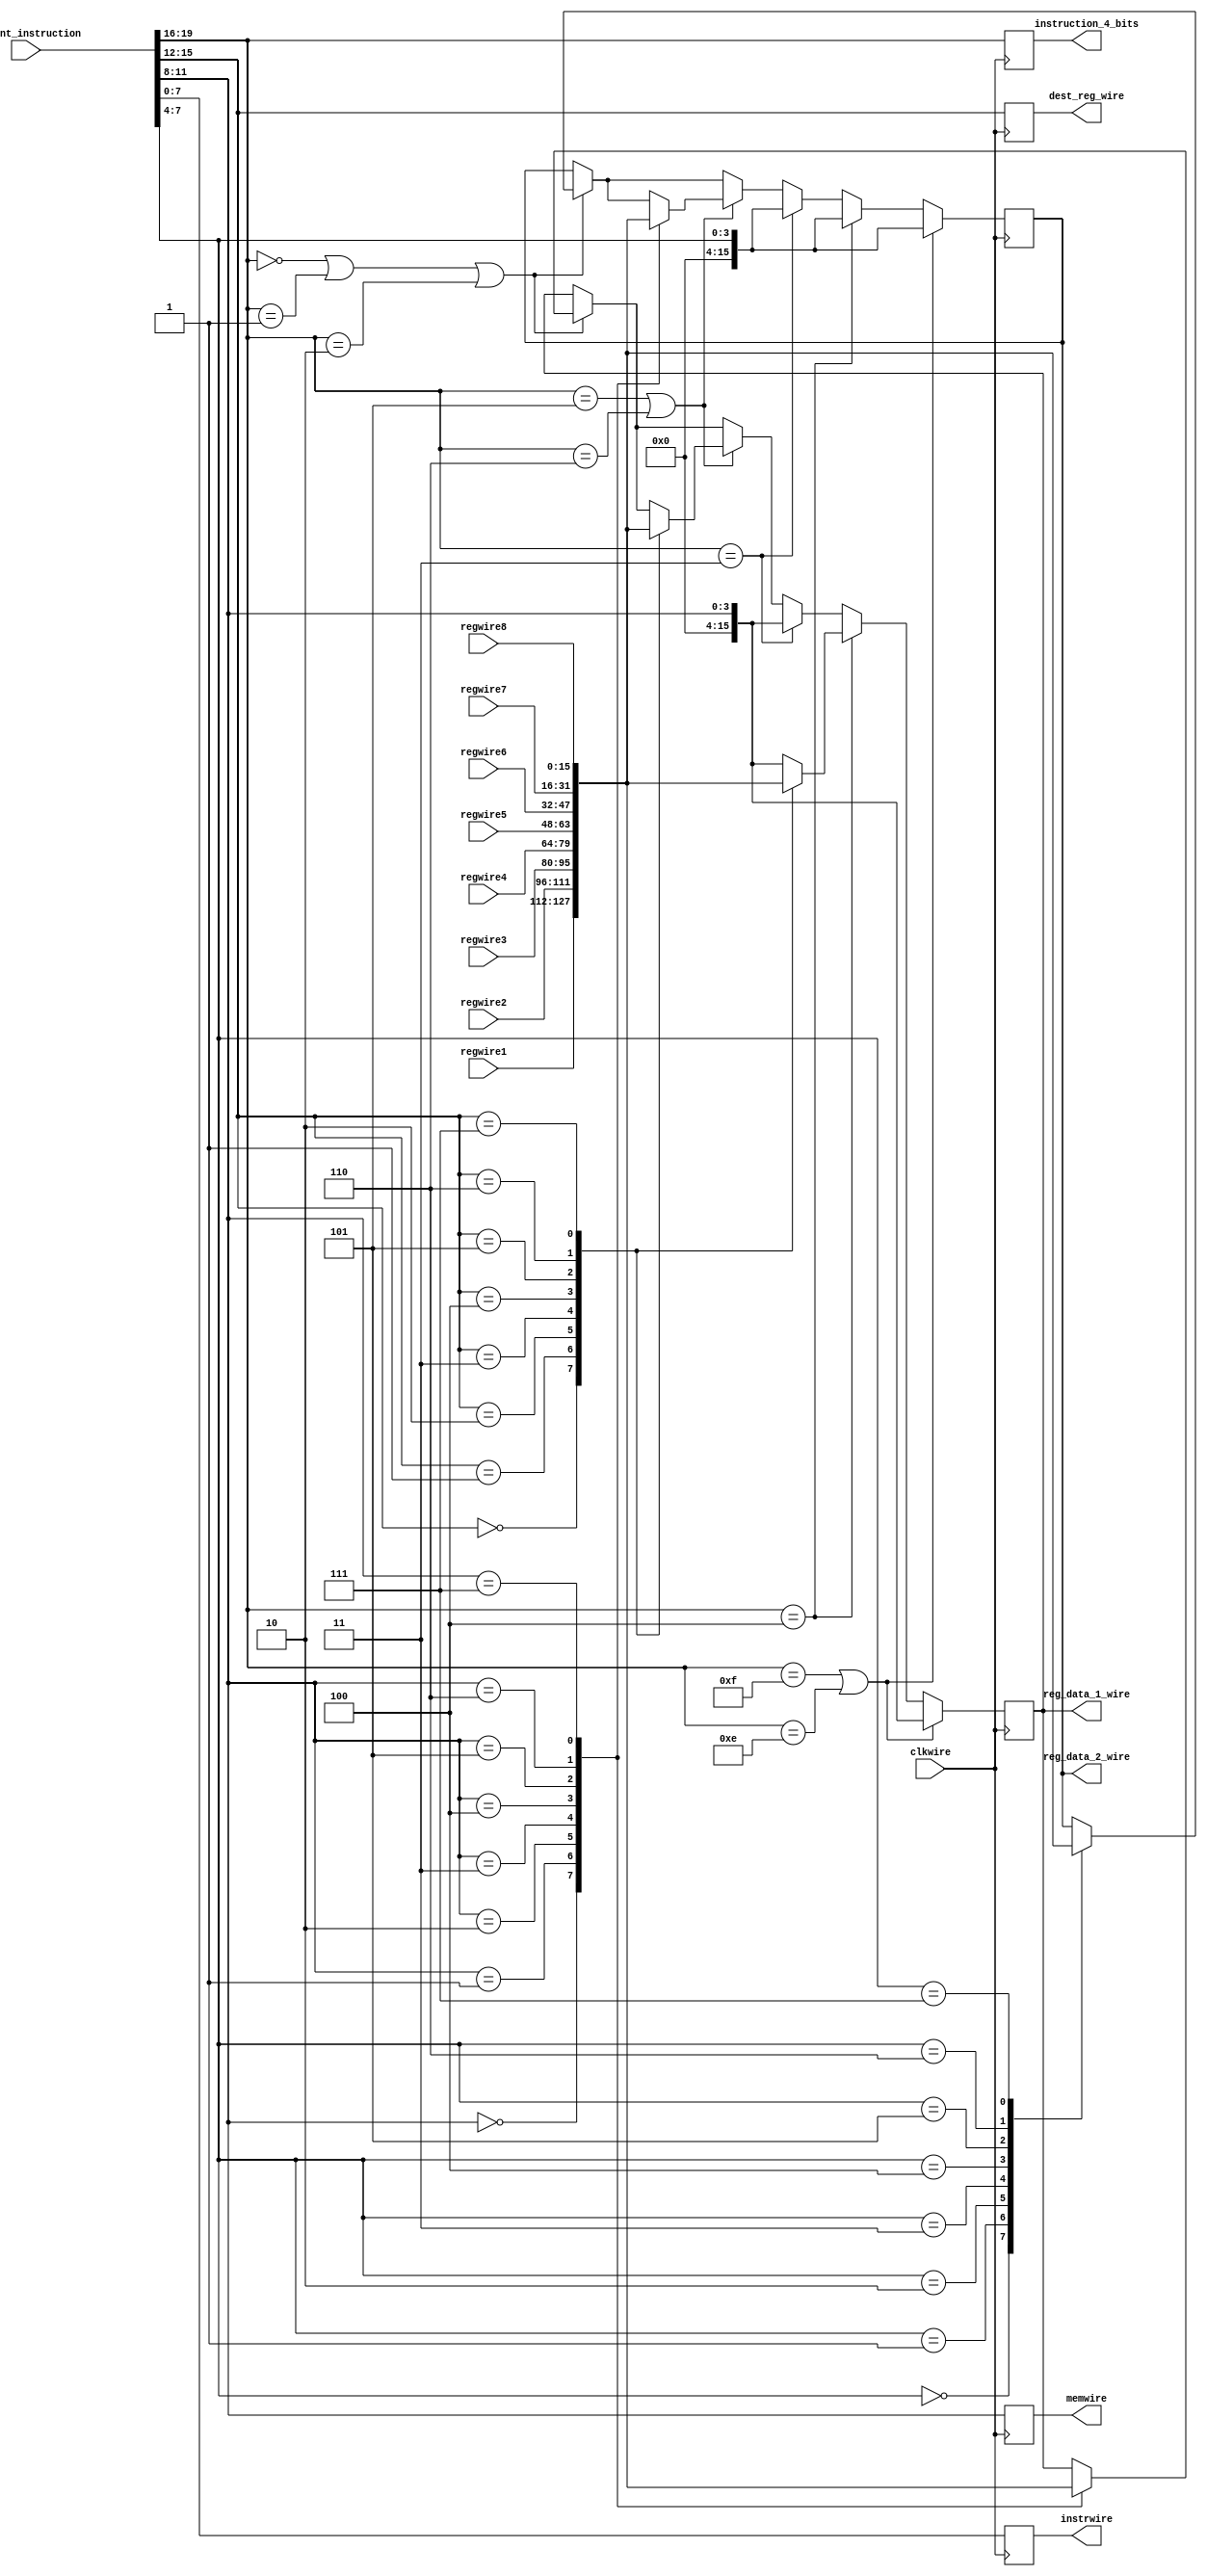
module id_unit (
  input wire clkwire,
  input [15:0] regwire1, regwire2, regwire3, regwire4, regwire5, regwire6, regwire7, regwire8,
  input [19:0] current_instruction,
  output [15:0] reg_data_1_wire,reg_data_2_wire,
  output [3:0] instruction_4_bits,dest_reg_wire,memwire,
  output [7:0] instrwire
);
  reg [15:0] reg_data_1,reg_data_2,dest_reg,r1,r2,r3,r4,r5,r6,r7,r8;
  reg [3:0] opcode,mem_line_no;
  reg [19:0] instr;
  reg [7:0] instr_line_no, npc;


assign memwire=mem_line_no;
assign instruction_4_bits=opcode;
assign dest_reg_wire=dest_reg;
assign reg_data_1_wire=reg_data_1;
assign reg_data_2_wire=reg_data_2;
assign instrwire=instr_line_no;
  always@(posedge clkwire)
begin
  r1 = regwire1;
  r2 = regwire2;
  r3 = regwire3;
  r4 = regwire4;
  r5 = regwire5;
  r6 = regwire6;
  r7 = regwire7;
  r8 = regwire8;
  instr = current_instruction;
  
  opcode=instr[19:16];
  mem_line_no=instr[11:8];
  dest_reg=instr[15:12];
  //$display("%b",instr);
  instr_line_no=instr[7:0];
  //$display("%b",instr_line_no);
    //r-type
  if (instr[19:16]==4'b0000 || instr[19:16]==4'b0001 || instr[19:16]==4'b0010) 
      begin
        case(instr[11:8])
          4'b0000:
			    begin
              reg_data_1=r1;
          end
          4'b0001:
			begin
              reg_data_1=r2;
            end
          4'b0010:
			begin
              reg_data_1=r3;
            end
          4'b0011:
			begin
              reg_data_1=r4;
            end
          4'b0100:
			begin
              reg_data_1=r5;
            end
          4'b0101:
			begin
              reg_data_1=r6;
            end
          4'b0110:
			begin
              reg_data_1=r7;
            end
          4'b0111:
			begin
              reg_data_1=r8;
            end
        endcase
          case(instr[7:4])
          4'b0000:
			begin
              reg_data_2=r1;
            end
          4'b0001:
			begin
              reg_data_2=r2;
            end
          4'b0010:
			begin
              reg_data_2=r3;
            end
          4'b0011:
			begin
              reg_data_2=r4;
            end
          4'b0100:
			begin
              reg_data_2=r5;
            end
          4'b0101:
			begin
              reg_data_2=r6;
            end
          4'b0110:
			begin
              reg_data_2=r7;
            end
          4'b0111:
			begin
              reg_data_2=r8;
            end
          endcase
      end
    //beq and bne
  if (instr[19:16]==4'b0101 || instr[19:16]==4'b0110) 
      	begin
          case(instr[15:12])
          4'b0000:
			begin
              reg_data_1=r1;
            end
          4'b0001:
			begin
              reg_data_1=r2;
            end
          4'b0010:
			begin
              reg_data_1=r3;
            end
          4'b0011:
			begin
              reg_data_1=r4;
            end
          4'b0100:
			begin
              reg_data_1=r5;
            end
          4'b0101:
			begin
              reg_data_1=r6;
            end
          4'b0110:
			begin
              reg_data_1=r7;
            end
          4'b0111:
			begin
              reg_data_1=r8;
            end
          endcase
            case(instr[11:8])
          4'b0000:
			begin
              reg_data_2=r1;
            end
          4'b0001:
			begin
              reg_data_2=r2;
            end
          4'b0010:
			begin
              reg_data_2=r3;
            end
          4'b0011:
			begin
              reg_data_2=r4;
            end
          4'b0100:
			begin
              reg_data_2=r5;
            end
          4'b0101:
			begin
              reg_data_2=r6;
            end
          4'b0110:
			begin
              reg_data_2=r7;
            end
          4'b0111:
			begin
              reg_data_2=r8;
            end
         endcase
      end
      //lw 
      if (instr[19:16]==4'b0011) 
      	begin
          reg_data_1=instr[11:8];
          reg_data_2=instr[7:4];
        end
      //sw
      if (instr[19:16]==4'b0100) 
      	begin
          reg_data_1=instr[11:8];
          reg_data_2=instr[7:4];
          case(instr[15:12])
          4'b0000:
			begin
              reg_data_1=r1;
            end
          4'b0001:
			begin
              reg_data_1=r2;
            end
          4'b0010:
			begin
              reg_data_1=r3;
            end
          4'b0011:
			begin
              reg_data_1=r4;
            end
          4'b0100:
			begin
              reg_data_1=r5;
            end
          4'b0101:
			begin
              reg_data_1=r6;
            end
          4'b0110:
			begin
              reg_data_1=r7;
            end
          4'b0111:
			begin
              reg_data_1=r8;
            end
          endcase  
      end
      //stall
      if(instr[19:16]==4'b1111 || instr[19:16]==4'b1110) 
        begin
          reg_data_1=instr[11:8];
          reg_data_2=instr[7:4];
          
        end

  
end



    
endmodule